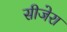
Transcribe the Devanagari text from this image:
सीजेरा